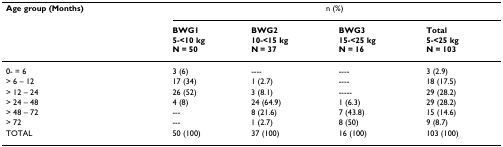
<table><thead><tr><td><b>Age group (Months)</b></td><td colspan="4"><b>n (%)</b></td></tr><tr><td></td><td><b>BWG15-&lt;10 kgN = 50</b></td><td><b>BWG210-&lt;15 kgN = 37</b></td><td><b>BWG315-&lt;25 kgN = 16</b></td><td><b>Total5-&lt;25 kgN = 103</b></td></tr></thead><tbody><tr><td>0- = 6</td><td>3 (6)</td><td>----</td><td>----</td><td>3 (2.9)</td></tr><tr><td>&gt; 6 – 12</td><td>17 (34)</td><td>1 (2.7)</td><td>----</td><td>18 (17.5)</td></tr><tr><td>&gt; 12 – 24</td><td>26 (52)</td><td>3 (8.1)</td><td>-----</td><td>29 (28.2)</td></tr><tr><td>&gt; 24 – 48</td><td>4 (8)</td><td>24 (64.9)</td><td>1 (6.3)</td><td>29 (28.2)</td></tr><tr><td>&gt; 48 – 72</td><td>---</td><td>8 (21.6)</td><td>7 (43.8)</td><td>15 (14.6)</td></tr><tr><td>&gt; 72</td><td>---</td><td>1 (2.7)</td><td>8 (50)</td><td>9 (8.7)</td></tr><tr><td>TOTAL</td><td>50 (100)</td><td>37 (100)</td><td>16 (100)</td><td>103 (100)</td></tr></tbody></table>